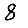
Digit: 8